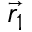
\vec { { r } _ { 1 } }